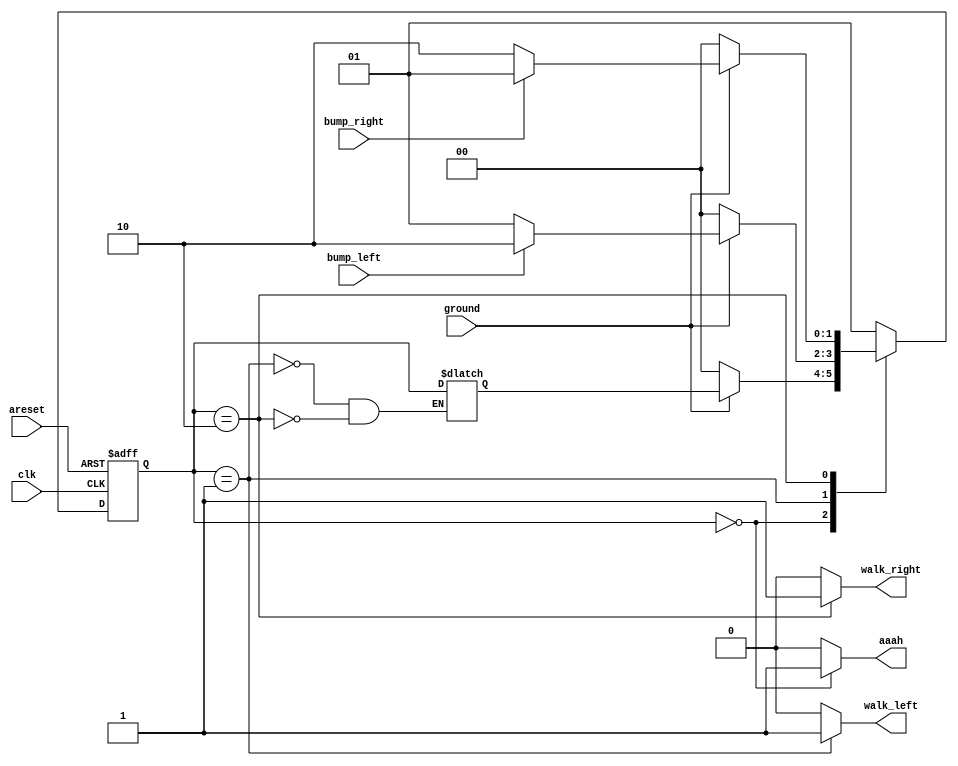
`timescale 1ns / 1ps
//////////////////////////////////////////////////////////////////////////////////
// Company: 
// Engineer: 
// 
// Design Name: 
// Module Name: des
// Project Name: 
// Target Devices: 
// Tool Versions: 
// Description: 
// 
// Dependencies: 
// 
// Revision:
// Revision 0.01 - File Created
// Additional Comments:
// 
//////////////////////////////////////////////////////////////////////////////////


module des(
    input clk,
    input areset,
    input bump_left,
    input bump_right,
    input ground,
    output walk_left,
    output walk_right,
    output aaah
    );
    
    parameter FALL=0,LEFT=1,RIGHT=2;
    reg [1:0] state,next_state,temp;
    
    always @ (*) begin
    
    case(state)
    
    FALL:begin
    if(!ground)
    next_state<=FALL;
    else
    next_state<=temp;
    end
    
    LEFT:begin
    if(!ground) begin
    next_state<=FALL;
    temp<=LEFT; end
    else begin
    if(!bump_left)
    next_state<=LEFT;
    else
    next_state<=RIGHT;
    end temp<=state;end
    
    RIGHT:begin
    if(!ground) begin
    next_state<=FALL;
    temp<=RIGHT; end
    else begin
    if(!bump_right)
    next_state<=RIGHT;
    else
    next_state<=LEFT;
    end
    temp<=state;
    end
    
    default:begin
    next_state<=LEFT;
    end
    
    endcase
    end
    
    always @ (posedge clk or posedge areset) begin
    if(areset)
    state<=LEFT;
    else
    state<=next_state;
    end
    
    assign walk_left=(state==LEFT)?1:0;
    assign walk_right=(state==RIGHT)?1:0;
    assign aaah=(state==FALL)?1:0;
endmodule